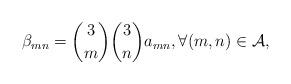
LaTeX: \begin{align*} \beta_{mn}=\binom{3}{m}\binom{3}{n}a_{mn}, \forall(m,n)\in{\cal A},\end{align*}